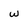
Character: w